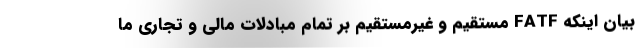
بیان اینکه FATF مستقیم و غیرمستقیم بر تمام مبادلات مالی و تجاری ما